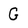
Character: G